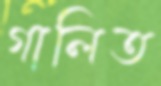
গালিত